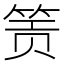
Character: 𬕂